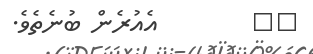
٢٨        އެއުރެން ބުނެތެވެ.